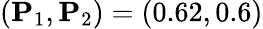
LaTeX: (\mathbf{P}_{1},\mathbf{P}_{2})=(0.62,0.6)